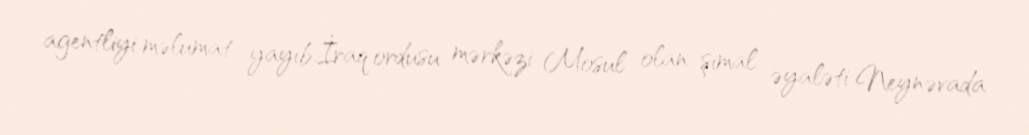
agentliyi məlumat yayıb.İraq ordusu mərkəzi Mosul olan şimal əyaləti Neynəvada